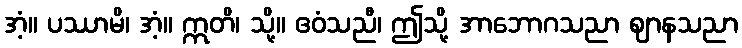
အံ့။ ပဿာမိ၊ အံ့။ ဣတိ၊ သို့။ ဧဝံသညီ၊ ဤသို့ အာဘောဂသညာ ဈာနသညာ